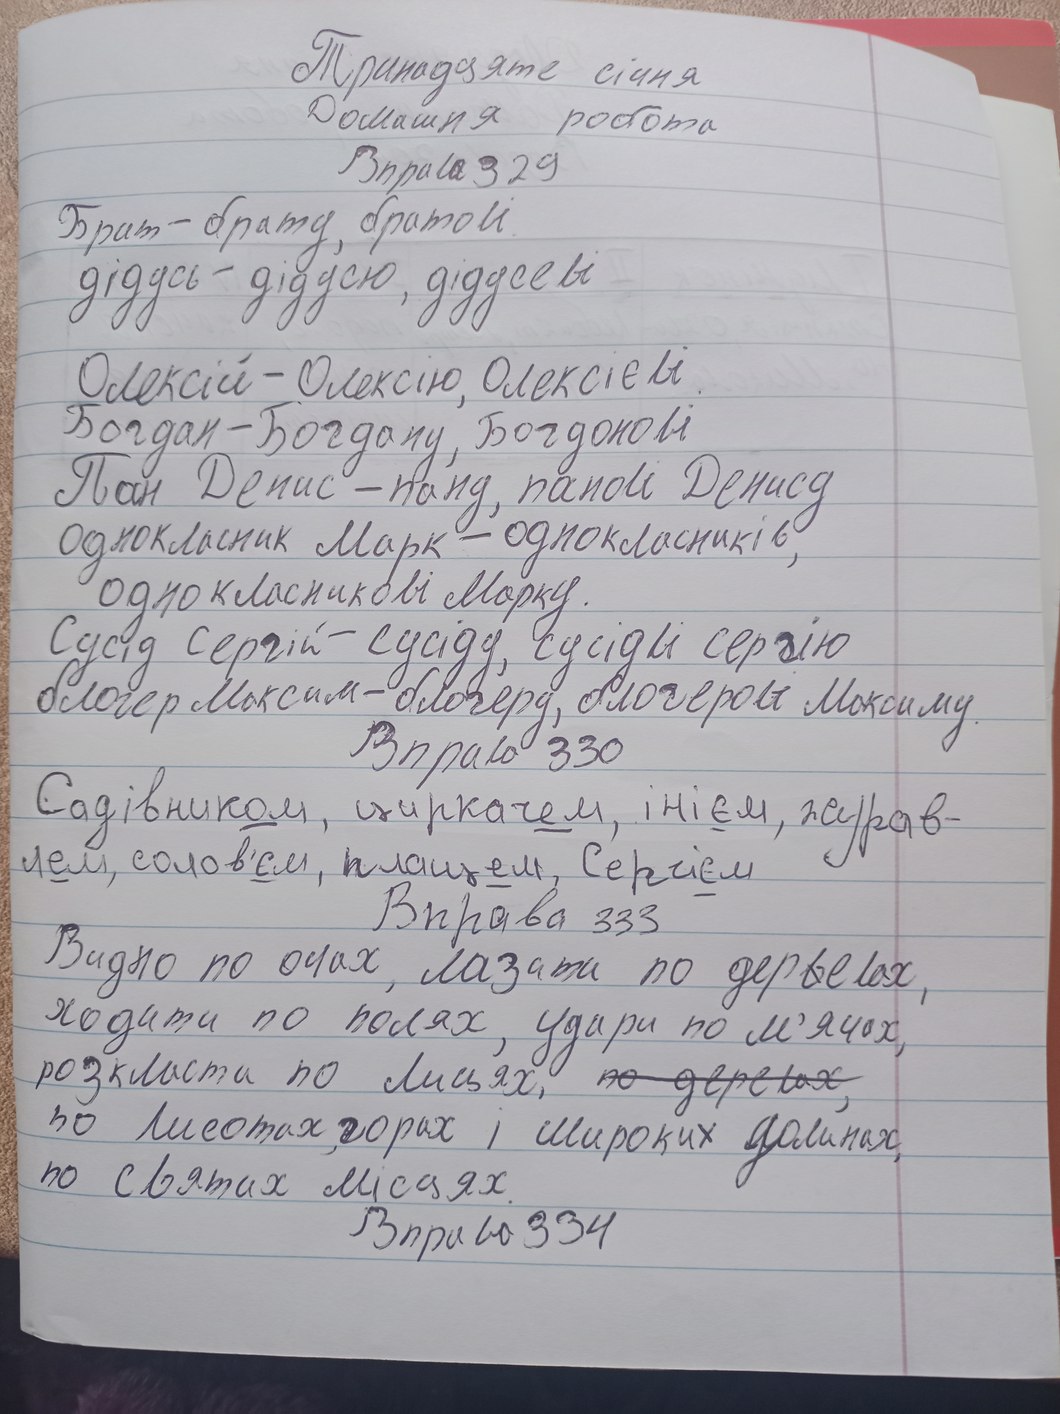
Тринадцяте січня
Домашня робота
Вправа 329
Брат - брату, братові.
дідусь - дідусю, дідусеві
Олексій - Олексію, Олексієві.
Богдан- Богдану, Богданові
Пан Денис - пану, панові Денису
Однокласник Марк - однокласників,
однокласникові Марку.
Сусід Сергій - сусіду, сусіди сергію
блогер Максим-блогеру, блогерові Максиму.
Вправа 330
Садівником, циркачем, інієм, журав-
лем, солов'єм, плащем, Сергієм
Вправа 333
Видно по очах, лазати по дер~~в~~евах,
ходити по полях, удари по м'ячах,
розкласти по лицях, ~~по деревах,~~
по лисотах, горах і широких долинах,
по святих місцях.
Вправа 334